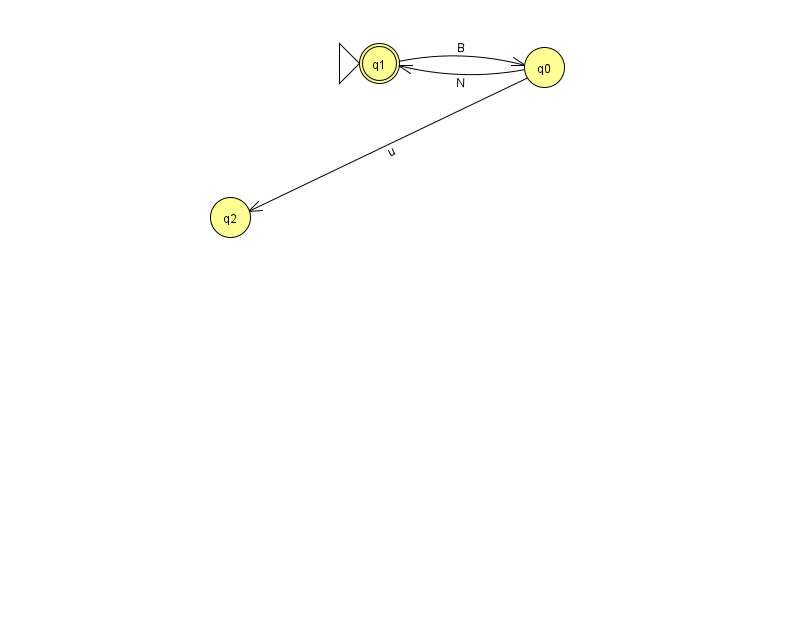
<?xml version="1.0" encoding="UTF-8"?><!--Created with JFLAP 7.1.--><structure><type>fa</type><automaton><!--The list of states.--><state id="0" name="q0"><x>544.0</x><y>54.0</y></state><state id="1" name="q1"><x>379.0</x><y>50.0</y><initial/><final/></state><state id="2" name="q2"><x>230.0</x><y>204.0</y></state><!--The list of transitions.--><transition><from>0</from><to>2</to><read>u</read></transition><transition><from>1</from><to>0</to><read>B</read></transition><transition><from>0</from><to>1</to><read>N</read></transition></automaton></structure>